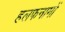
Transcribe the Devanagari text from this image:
हलफनामों